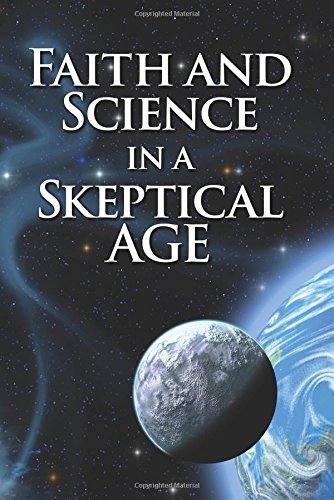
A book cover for Faith and Science in a Skeptical Age; Jesse Yow; Christian Books & Bibles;